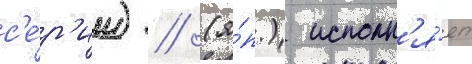
с'е́р'ии) // (я́п.) исполн'я́ет